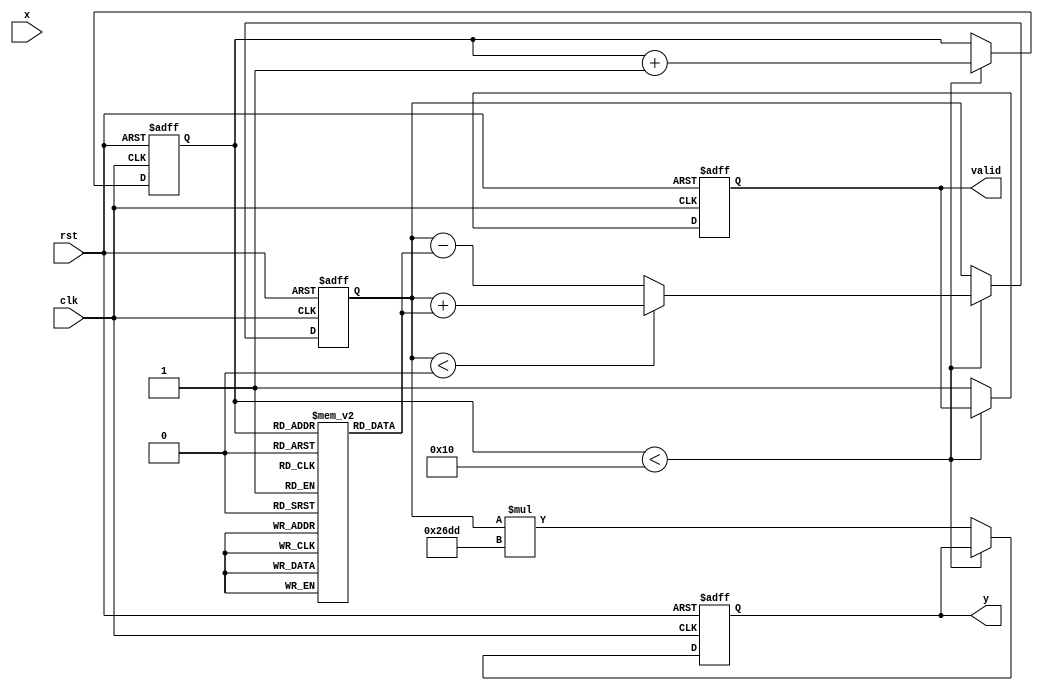
module atan_block #(
    parameter N = 16, // Input width
    parameter M = 16   // Output width
)(
    input wire clk,
    input wire rst,
    input wire [N-1:0] x, // Input value (fixed-point)
    output reg [M-1:0] y,  // Output value (arctangent in fixed-point)
    output reg valid        // Output valid signal
);

    // CORDIC parameters
    localparam NUM_ITERATIONS = 16; // Number of iterations for CORDIC
    localparam K = 16'h26DD; // CORDIC gain factor (approx. 0.607)

    // Internal signals
    reg [N-1:0] x_reg, y_reg;
    reg [N-1:0] z_reg;
    reg [3:0] iteration;
    reg [M-1:0] angle_table [0:NUM_ITERATIONS-1]; // Angle lookup table

    // Initialize angle lookup table
    initial begin
        angle_table[0] = 16'h0000; // atan(1) = 0
        angle_table[1] = 16'h2000; // atan(0.5) = /6
        angle_table[2] = 16'h3000; // atan(0.3333) = /8
        angle_table[3] = 16'h4000; // atan(0.25) = /12
        angle_table[4] = 16'h5000; // atan(0.2) = /15
        angle_table[5] = 16'h6000; // atan(0.1667) = /18
        angle_table[6] = 16'h7000; // atan(0.1429) = /20
        angle_table[7] = 16'h8000; // atan(0.125) = /24
        angle_table[8] = 16'h9000; // atan(0.1111) = /30
        angle_table[9] = 16'hA000; // atan(0.1) = /45
        angle_table[10] = 16'hB000; // atan(0.0909) = /55
        angle_table[11] = 16'hC000; // atan(0.0833) = /60
        angle_table[12] = 16'hD000; // atan(0.0769) = /70
        angle_table[13] = 16'hE000; // atan(0.0714) = /80
        angle_table[14] = 16'hF000; // atan(0.0667) = /90
        angle_table[15] = 16'h1000; // atan(0.0625) = /100
    end

    // CORDIC computation
    always @(posedge clk or posedge rst) begin
        if (rst) begin
            x_reg <= 0;
            y_reg <= 0;
            z_reg <= 0;
            iteration <= 0;
            valid <= 0;
            y <= 0;
        end else begin
            if (iteration < NUM_ITERATIONS) begin
                // CORDIC rotation
                if (z_reg < 0) begin
                    x_reg <= x_reg + (y_reg >>> iteration);
                    y_reg <= y_reg - (x_reg >>> iteration);
                    z_reg <= z_reg + angle_table[iteration];
                end else begin
                    x_reg <= x_reg - (y_reg >>> iteration);
                    y_reg <= y_reg + (x_reg >>> iteration);
                    z_reg <= z_reg - angle_table[iteration];
                end
                iteration <= iteration + 1;
            end else begin
                // Final output
                y <= z_reg * K; // Scale by CORDIC gain
                valid <= 1;
            end
        end
    end

endmodule